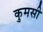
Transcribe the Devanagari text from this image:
कुमसी